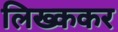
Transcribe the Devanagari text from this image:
लिख्ककर